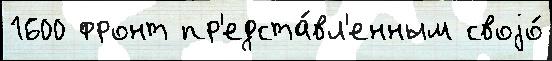
1600 фронт пр'едста́вл'енным своjо́